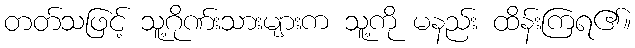
တတ်သဖြင့် သူ့ဂိုဏ်းသားများက သူ့ကို မနည်း ထိန်းကြရ၏။